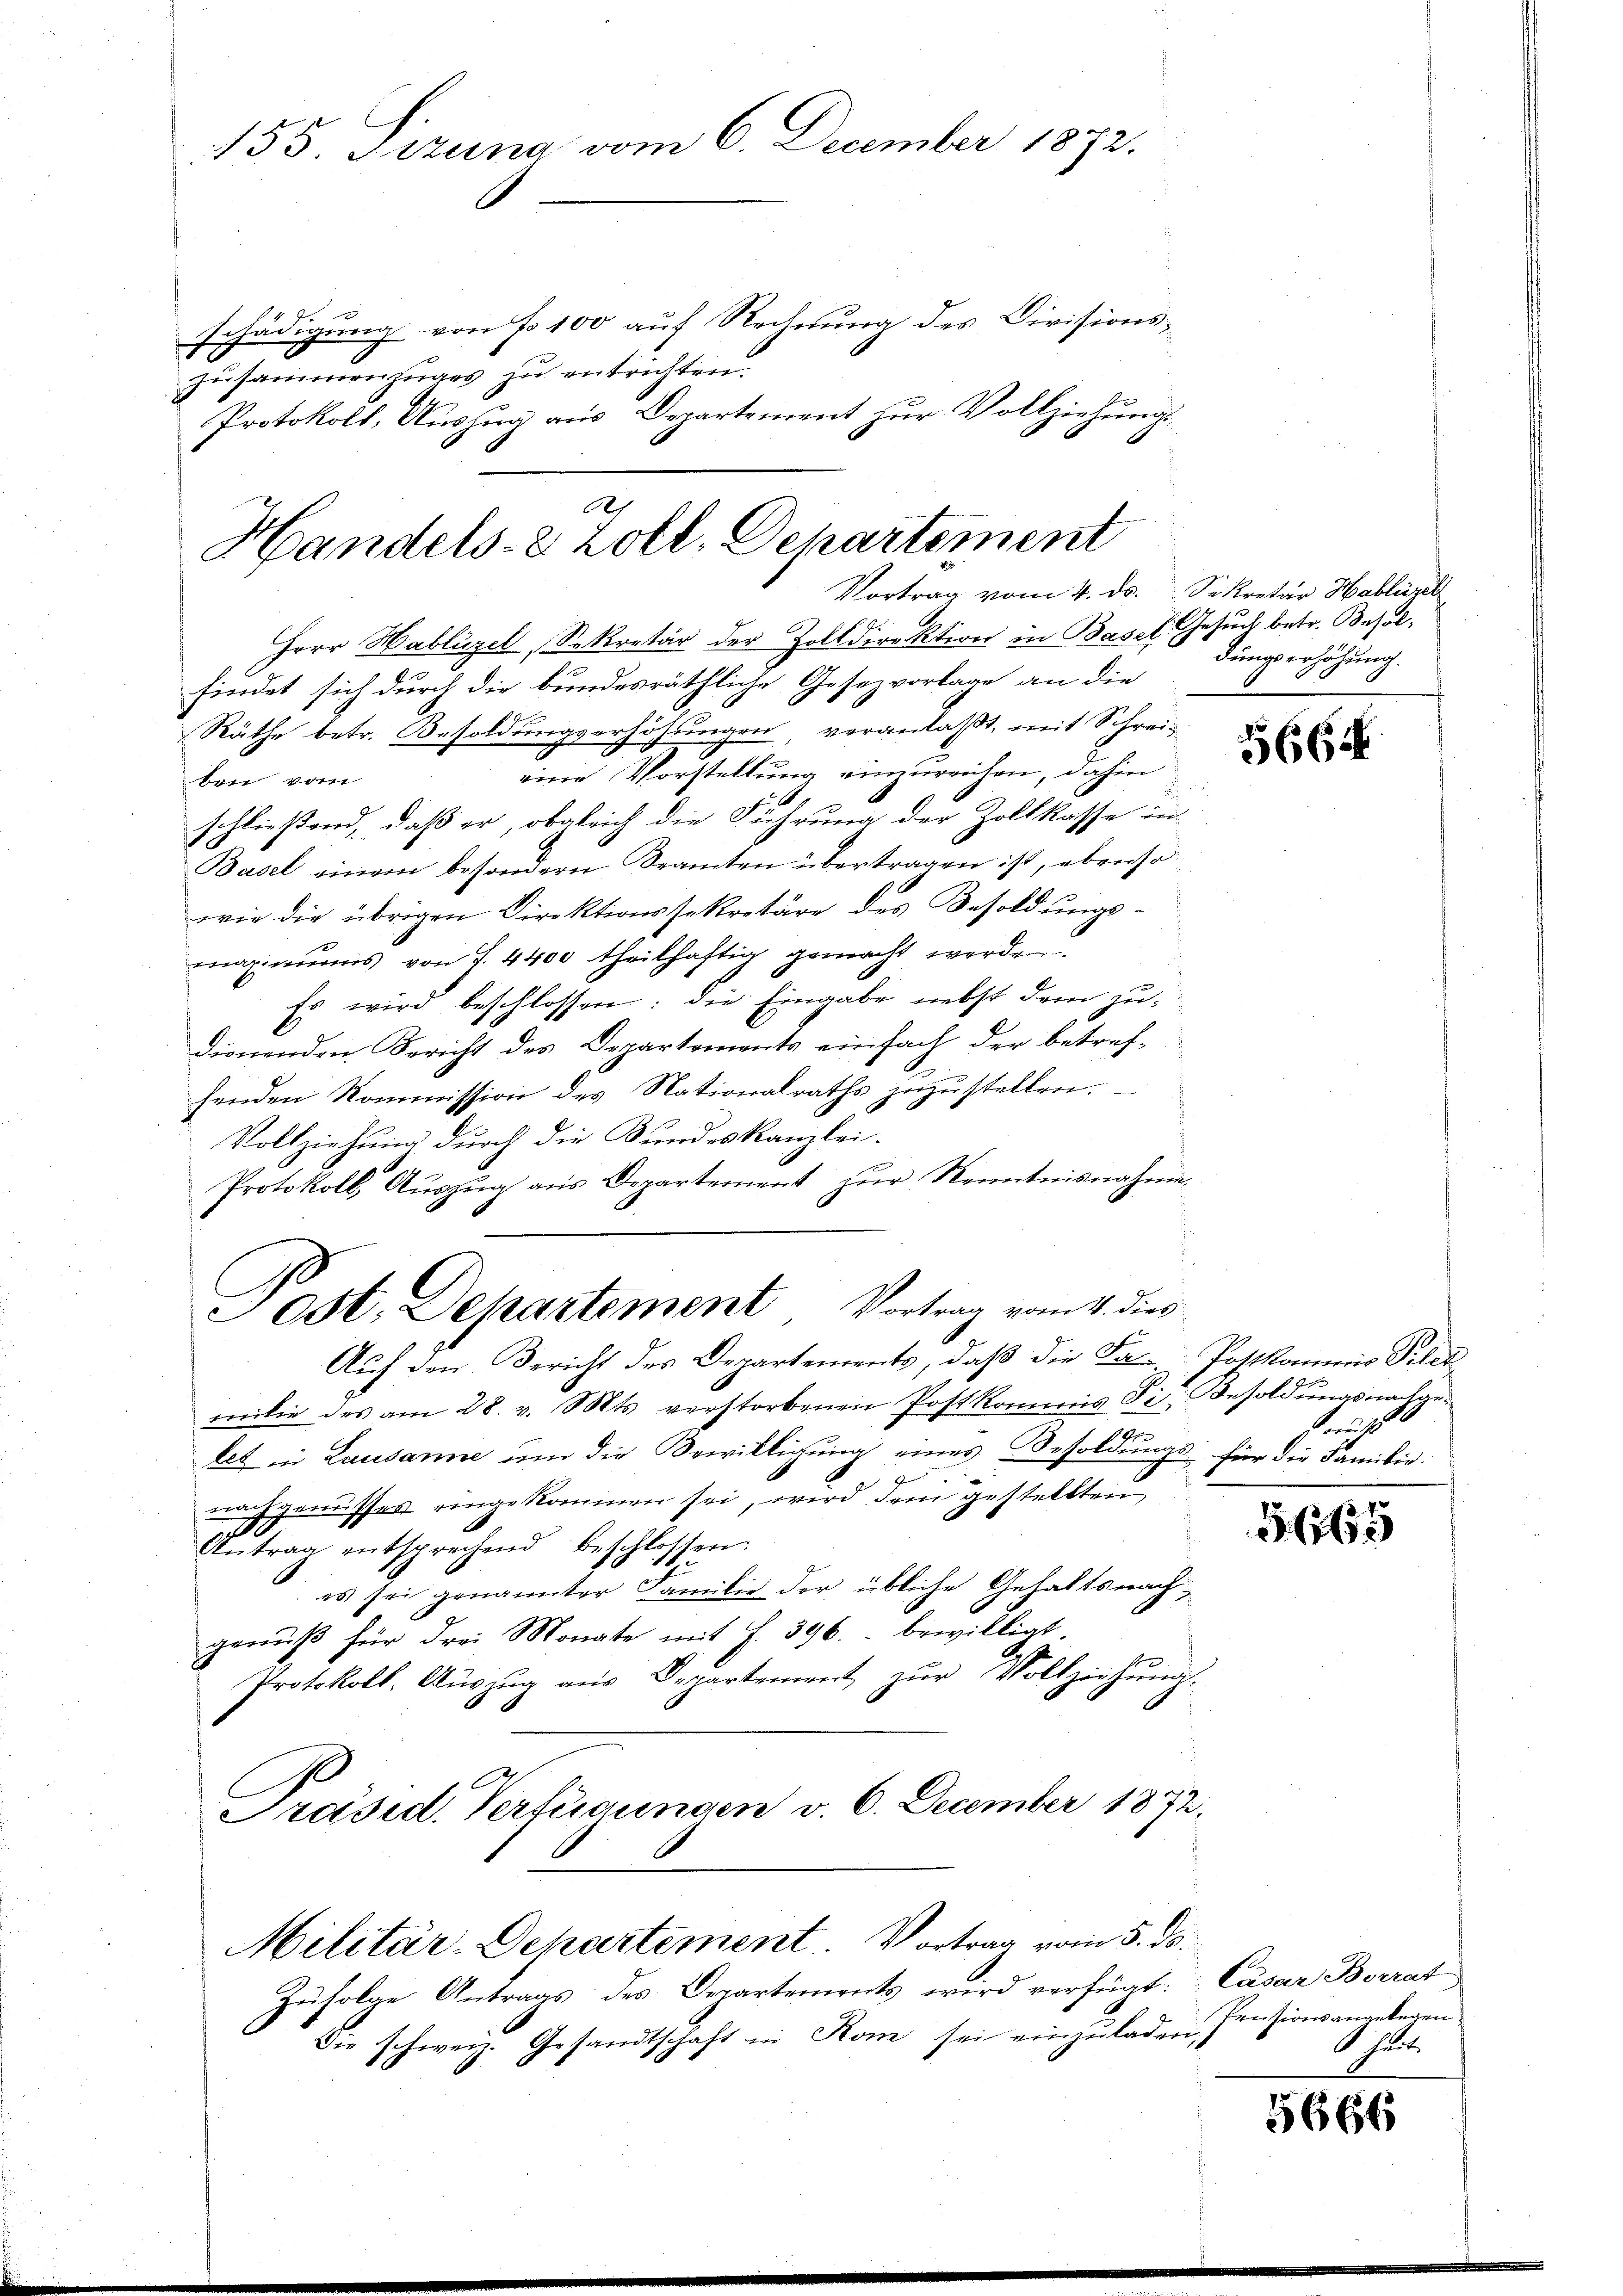
155. Sezuna vom 6. December 1872.
schädigung von No 100 auf Rechnung des Divisions¬
Zusammenzuges zu entrichten.
Protokoll, Auszug aus Departement zur Vollziehungs

Handels- & Zoll, Departement
Vortrag vom 4. ds.

Herr Hablüzel, Sekretär der Zolldirektion in Basel Gesuch betr. Besolfindet sich durch die bundesräthliche Gesezvorlage an die
Räthe betr. Besoldungserhöhungen veranlaßt, mit Schreieine Vorstellung einzureichen, dahin
ben vom
schließend, daß er, obgleich die Führung der Zollkasse ein
Basel einem besondern Beamten übertragen ist, ebenso
wie die übrigen Direktionssekretäre des Besoldungsmaximums von 7. 4400 theilhaftig gemacht werden.
Es wird beschlossen: die Eingabe nebst dem zudienenden Bericht des Departements einfach der betref¬
.
henden Kommission des Nationalraths zuzustellen.
Vollziehung durch die Bundeskanzlei.
Protokoll, Aŭszŭg aŭs Departement zŭr Kenntnisnahme
Jost. Departement, Vortrag vom 4. dies
Auf den Bericht des Departements, daß die Fa-Postkommnis Pilet
milie des am 28. v. Mts. verstorbenen Postkommis Fi. Besoldungsnachgetet in Lausanne um die Bewilligung eines Besoldungs- für die Familie
nachgenusses eingekommen sei, wird dem gestellten
Antrag entsprechend beschlossen.
es sei genannter Familie der übliche Gehaltsnachgenuß für drei Monate mit H. 396. bewilligt.
Protokoll, Aŭszŭg aŭs Departement zŭr Vollziehŭng.
Präsid. Verfügungen v. 6. December 1872.

Militär-Departement. Vortrag vom 5. ds.

Zufolge Antrags des Departements wird verfügt:
Die schweiz. Gesandtschaft in Kom sei einzŭladen Pensionsangelegen

Sekretär Hablürck
dungserhöhung.

5665/

18

5665

Cäsar Borrat
Shut.

5666